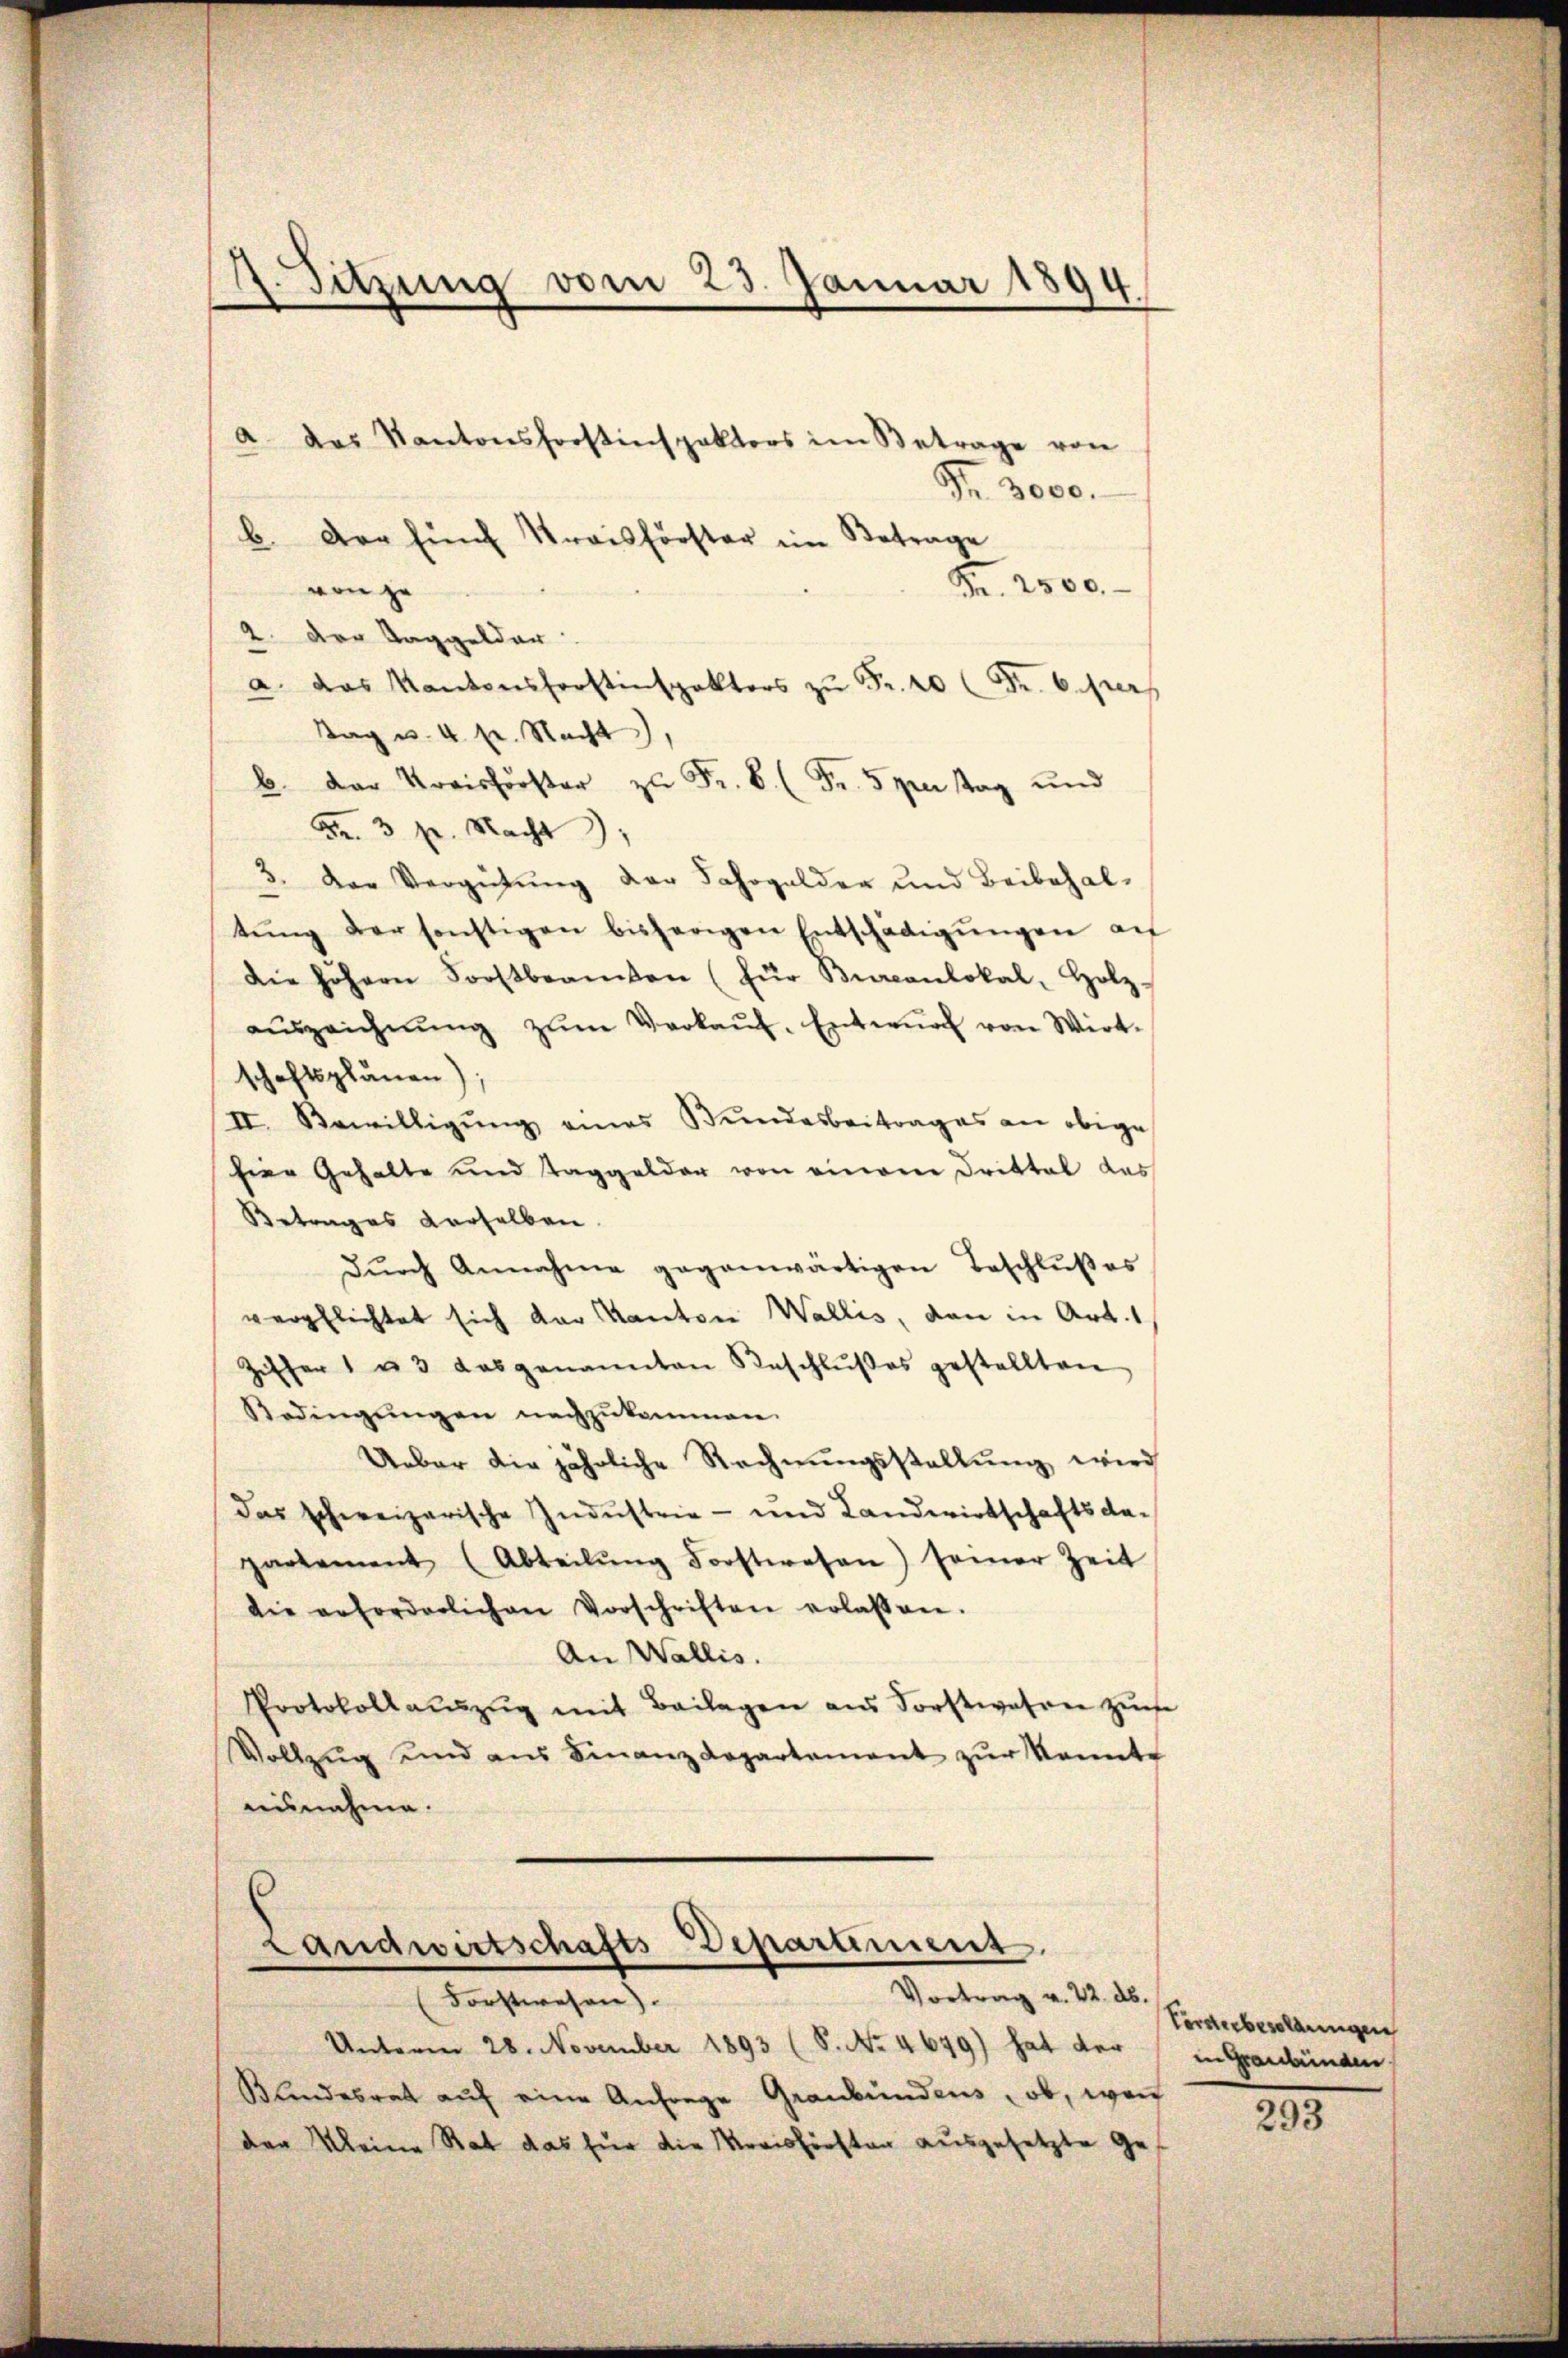
. Sitzung vom 23. Januar 1894.

a. Das Kantonsforstinspektors im Betrage von
Fr. 3000.
b. Der fünf Streisförster im Betrage
Fr. 2500.
von je
2. Der Taggelder
a. das Kantonsforstinspektors zŭ Fr. 40 Fr. pers
Tag u. 4. pr. Nacht,
. Der Kreisförster zu Fr. b. (Fr. 5 per tag und
Fr. 3 p. Nacht,
3. Der Vergütung der Jahrgelder und Beibehal-
tŭng der sonstigen bisherigen Entschädigŭngen au
Die höhern Forstbeamten (für Bureaulokal, Holz-
aŭszeichnŭng zŭm Verkaŭf-Entwŭrf von Wirt-
schaftsplänen)
II. Bewilligŭng eines Bŭndesbeitrages an obige
Eier Gehalte und Taggelder von einem Drittel das
Betrages derselben.
Dŭrch Annahme gegenwärtigen Beschlŭβes
verpflichtet sich der Kanton Wallis, den in Art. 1
Ziffer 1 u. 3 das genannten Beschlŭβes gestellten
Bedingŭngen nachzukommen.
Ueber die jährliche Rechnungsstellung wird
das schweizerische Industrie - und Landwirtschafts da-
partement (Abteilŭng Forstwesen) seiner Zeit
die erforderlichen Vorschriften erlassen.
An Wallis.
Protokollaŭszŭg mit Beilagen ans Forstwesen zŭm
Vollzŭg und aus Finanzdepartement zŭr Kennte
aisnahme.
.

Landwirtschafts-Deparament
Vortrag v. 22. d.
Forstwesen).

Unterm 28. November 1893 (8. No. 4649) hat der
Bundesrat auf eine Anfrage Graubündens, ob, wen
der Kleine Rat das für die Kreisförsten ausgesetzte Ge¬

Forderbesoldungen
in Graubünden

293